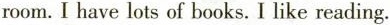
room. I have lots of books. I like reading.